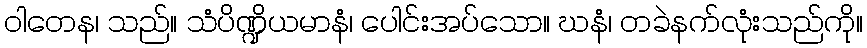
ဝါတေန၊ သည်။ သံပိဏ္ဍိယမာနံ၊ ပေါင်းအပ်သော။ ဃနံ၊ တခဲနက်လုံးသည်ကို။